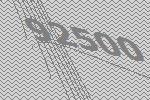
92500